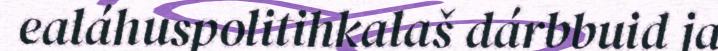
ealáhuspolitihkalaš dárbbuid ja